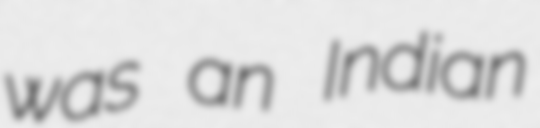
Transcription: was an Indian